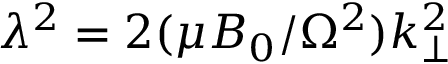
\lambda ^ { 2 } = 2 ( \mu B _ { 0 } / \Omega ^ { 2 } ) k _ { \perp } ^ { 2 }